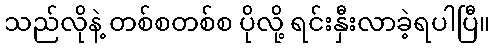
သည်လိုနဲ့ တစ်စတစ်စ ပိုလို့ ရင်းနှီးလာခဲ့ရပါပြီ။